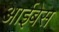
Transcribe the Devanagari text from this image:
आईबेस